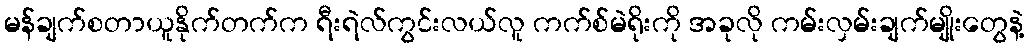
မန်ချက်စတာယူနိုက်တက်က ရီးရဲလ်ကွင်းလယ်လူ ကက်စ်မဲရိုးကို အခုလို ကမ်းလှမ်းချက်မျိုးတွေနဲ့